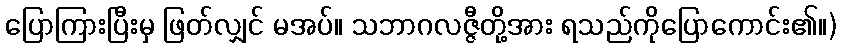
ပြောကြားပြီးမှ ဖြတ်လျှင် မအပ်။ သဘာဂလဇ္ဇီတို့အား ရသည်ကိုပြောကောင်း၏။)